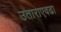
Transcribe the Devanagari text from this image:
उताराएवढा